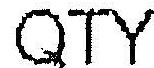
QTY